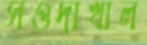
সওদাখাল